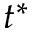
t ^ { * }